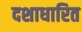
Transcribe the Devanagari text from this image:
दशाधारित